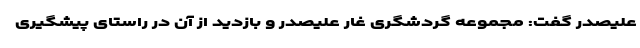
علیصدر گفت: مجموعه گردشگری غار علیصدر و بازدید از آن در راستای پیشگیری